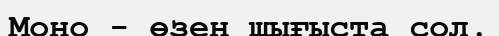
Моно - өзен шығыста сол.